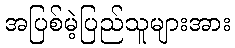
အပြစ်မဲ့ပြည်သူများအား